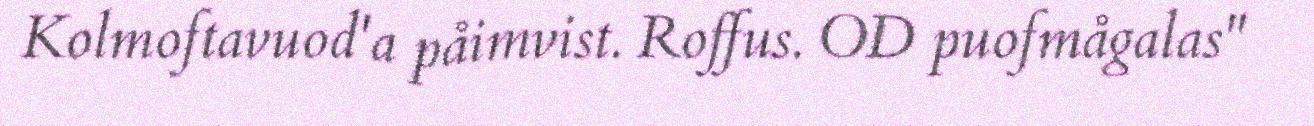
Kolmoftavuod'a påimvist. Roffus. OD puofmågalas"